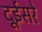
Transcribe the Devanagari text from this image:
दूईसरे